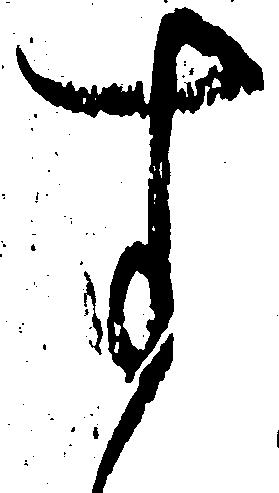
す